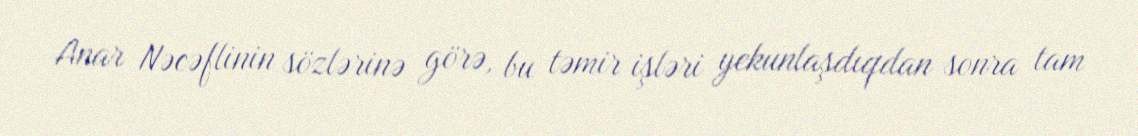
Anar Nəcəflinin sözlərinə görə, bu təmir işləri yekunlaşdıqdan sonra tam